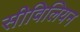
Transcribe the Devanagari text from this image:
सीविलियन